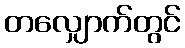
တလျှောက်တွင်